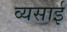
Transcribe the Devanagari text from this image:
व्यसाई